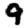
Digit: 9